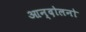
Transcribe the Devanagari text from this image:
आन्दोलनो